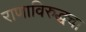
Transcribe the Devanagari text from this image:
राणाविरुद्धचा